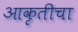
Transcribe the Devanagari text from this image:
आकृतीचा